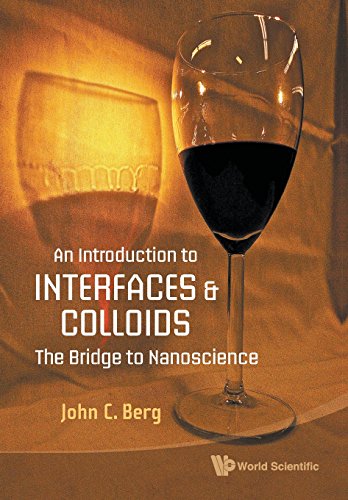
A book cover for An Introduction to Interfaces and Colloids: The Bridge to Nanoscience; John C Berg; Science & Math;